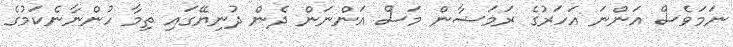
ނަމަވެސް އަންނަ އަހަރުގެ ރަމަޟާން މަސް އަންނަން ދެން ދުނިޔޭގައި ތިމާ ހުންނާނެކަމުގެ